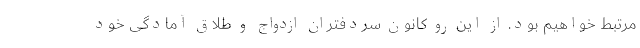
مرتبط خواهیم بود. از این رو کانون سردفتران ازدواج و طلاق آمادگی خود